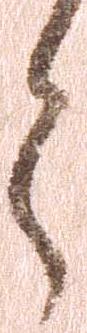
々